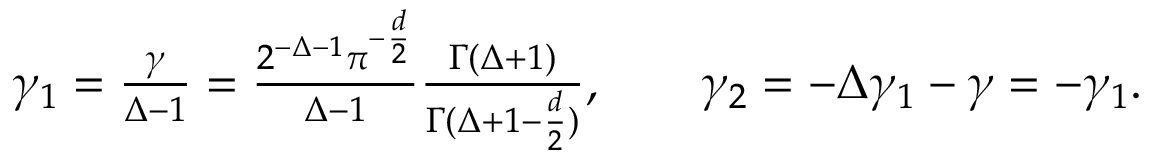
\textstyle \gamma _ { 1 } = \frac \gamma { \Delta - 1 } = \frac { 2 ^ { - \Delta - 1 } \pi ^ { - \frac d 2 } } { \Delta - 1 } \frac { \Gamma ( \Delta + 1 ) } { \Gamma ( \Delta + 1 - \frac d 2 ) } , \qquad \gamma _ { 2 } = - \Delta \gamma _ { 1 } - \gamma = - \gamma _ { 1 } .